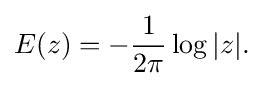
\displaystyle {E(z)=-{1 \over 2\pi }\log |z|.}